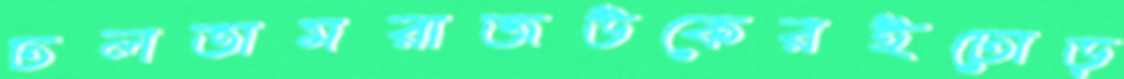
ঢলতামরাজউকেরইঢোড়